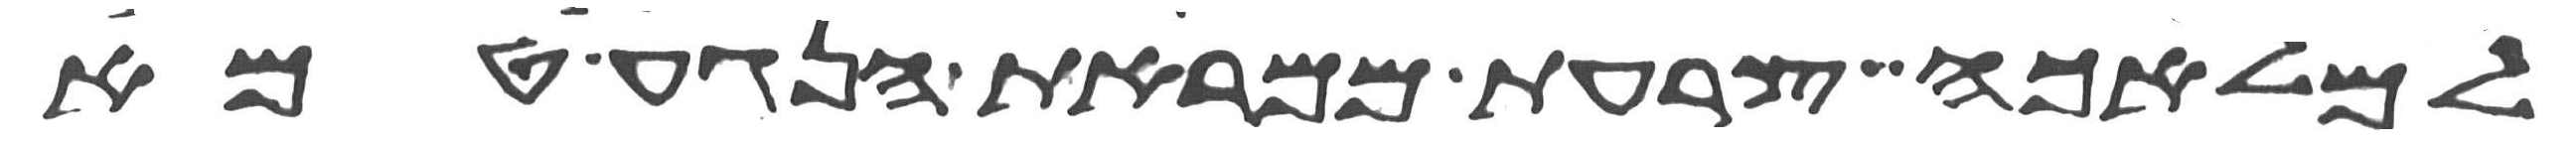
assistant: למלאכה צרעת ממראת הנגע טמא